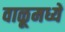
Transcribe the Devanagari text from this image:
वाळूमध्ये